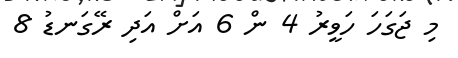
މި ޖަގަހަ ހަވީރު 4 ން 6 އަށް އަދި ރޭގަނޑު 8